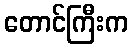
တောင်ကြီးက